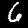
Digit: 6